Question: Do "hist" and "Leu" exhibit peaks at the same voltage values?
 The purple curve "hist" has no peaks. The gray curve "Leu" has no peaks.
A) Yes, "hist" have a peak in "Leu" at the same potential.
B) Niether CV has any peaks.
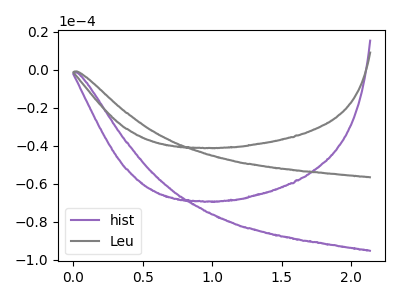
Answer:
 <answer>B) Niether CV has any peaks.</answer>
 <eval>B</eval>